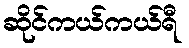
ဆိုင်ကယ်ကယ်ရီ